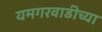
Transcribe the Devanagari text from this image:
यमगरवाडीच्या